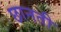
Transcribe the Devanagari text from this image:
छानती